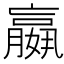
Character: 𡣍